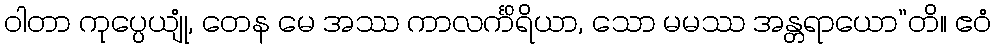
ဝါတာ ကုပ္ပေယျုံ, တေန မေ အဿ ကာလင်္ကိရိယာ, သော မမဿ အန္တရာယော”တိ။ ဧဝံ